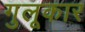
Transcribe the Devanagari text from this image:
गुलूकार